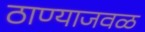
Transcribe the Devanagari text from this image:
ठाण्याजवळ